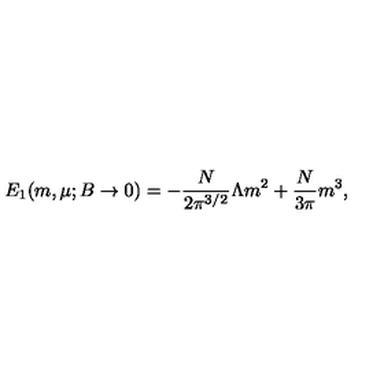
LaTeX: E _ { 1 } ( m , \mu ; B \to 0 ) = - \frac { N } { 2 \pi ^ { 3 / 2 } } \Lambda m ^ { 2 } + \frac { N } { 3 \pi } m ^ { 3 } ,